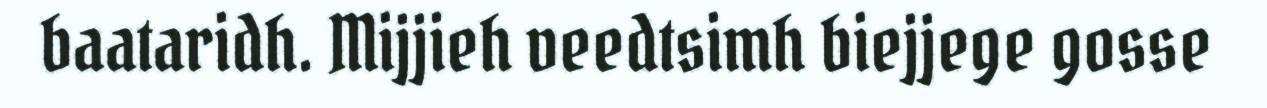
baataridh. Mijjieh veedtsimh biejjege gosse